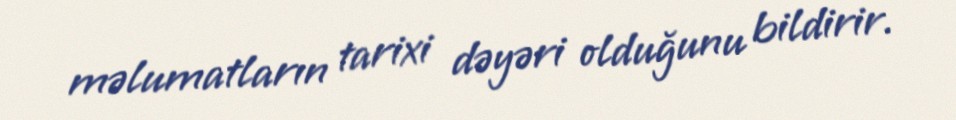
məlumatların tarixi dəyəri olduğunu bildirir.